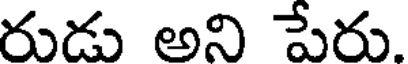
రుడు అని పేరు.